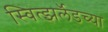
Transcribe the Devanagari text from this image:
स्वित्झर्लॅडच्या